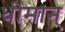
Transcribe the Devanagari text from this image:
धीमान्‌